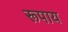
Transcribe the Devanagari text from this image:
रूपाय